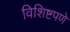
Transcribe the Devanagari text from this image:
विशिष्टपणे